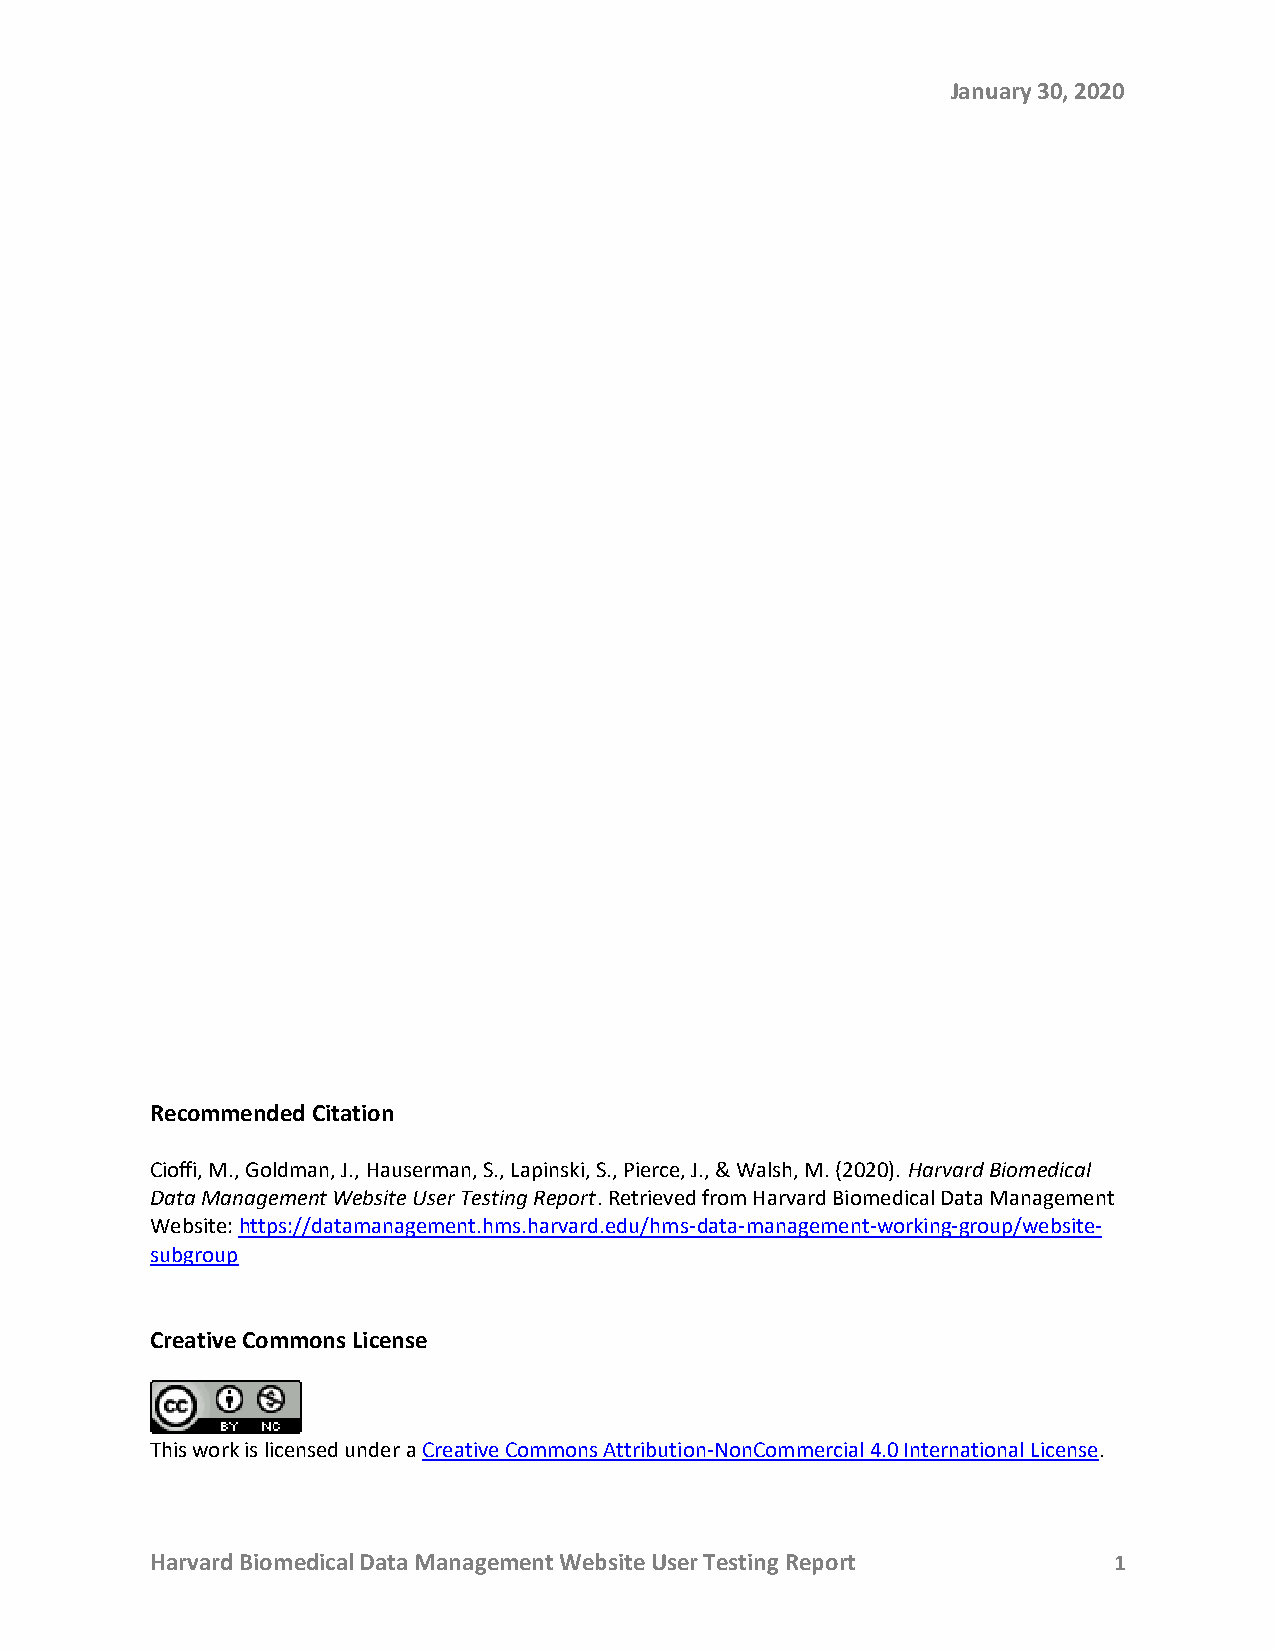
January 30, 2020
 Recommended Citation
 Cioffi, M., Goldman, J., Hauserman, S., Lapinski, S., Pierce, J., & Walsh, M. (2020). Harvard Biomedical
 Data Management Website User Testing Report. Retrieved from Harvard Biomedical Data Management
 Website: https://datamanagement.hms.harvard.edu/hms-data-management-working-group/website-
 subgroup
 Creative Commons License
 This work is licensed under a Creative Commons Attribution-NonCommercial 4.0 International License.
 Harvard Biomedical Data Management Website User Testing Report  1